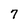
Character: 7